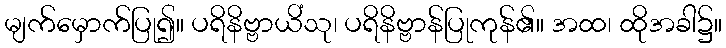
မျက်မှောက်ပြု၍။ ပရိနိဗ္ဗာယိံသု၊ ပရိနိဗ္ဗာန်ပြုကုန်၏။ အထ၊ ထိုအခါ၌။